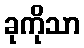
ခုကိုသာ